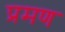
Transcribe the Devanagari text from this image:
प्रमण